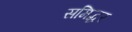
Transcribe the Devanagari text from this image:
समिद्धर